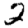
Digit: 2